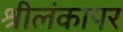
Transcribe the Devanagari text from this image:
श्रीलंकापर